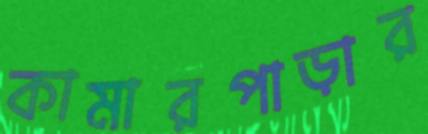
কামারপাড়ার